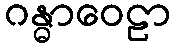
ဂန္ဓာဝေဠာ